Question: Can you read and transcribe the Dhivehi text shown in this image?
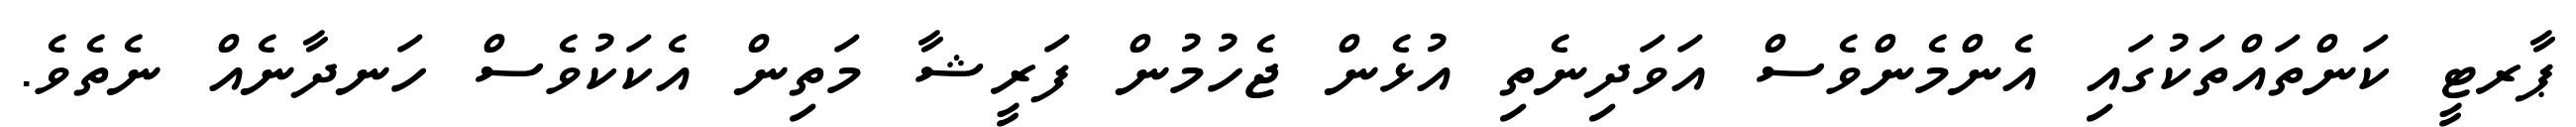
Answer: ޕާރޓީ ކަންތައްތަކުގައި އެންމެންވެސް އަވަދިނެތި އުޅެން ޖެހުމުން ފަރީޝާ މަތިން އެކަކުވެސް ހަނދާނެއް ނެތެވެ.